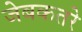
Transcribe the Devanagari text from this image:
जेबकतरे